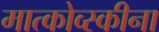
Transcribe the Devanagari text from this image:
मात्कोव्स्कीना